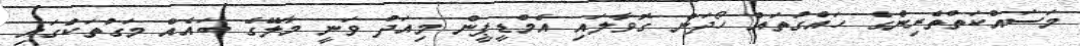
މަސައްކަތްތެރިންގެ ހައްގުތައް ހޯދަން ގޮވާލައި އެމްޑީޕީން މިއަދު ވަނީ މާލޭގެ ބައެއް މަގުތަކުގައި